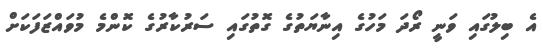
އެ ބިލުގައި ވަނީ ރޯދަ މަހުގެ އިނާޔަތުގެ ގޮތުގައި ސަރުކާރުގެ ކޮންމެ މުވައްޒަފަކަށް